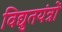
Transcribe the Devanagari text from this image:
विद्युतयंत्रों